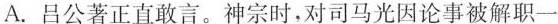
A.吕公著正直敢言。神宗时，对司马光因论事被解职一